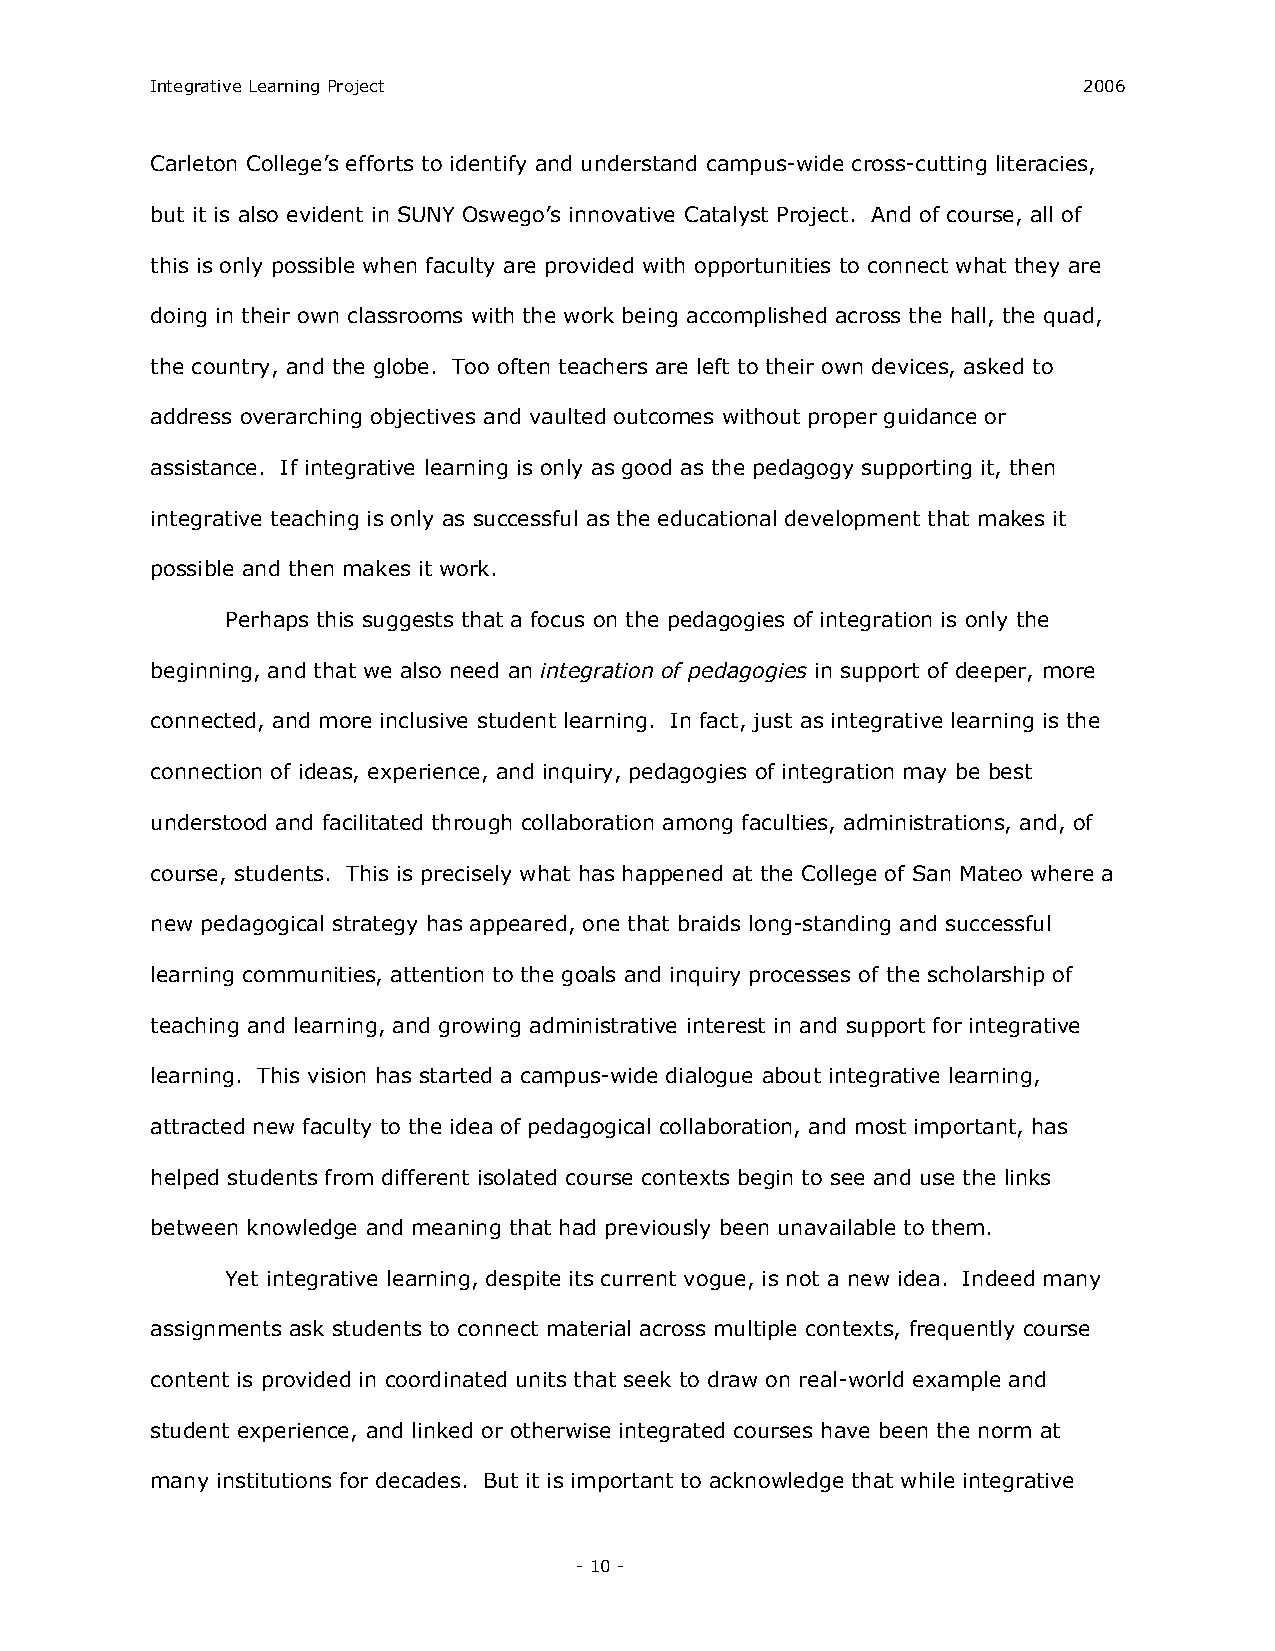
Integrative Learning Project                                  2006
 Carleton College’s efforts to identify and understand campus­wide cross­cutting literacies,
 but it is also evident in SUNY Oswego’s innovative Catalyst Project. And of course, all of
 this is only possible when faculty are provided with opportunities to connect what they are
 doing in their own classrooms with the work being accomplished across the hall, the quad,
 the country, and the globe. Too often teachers are left to their own devices, asked to
 address overarching objectives and vaulted outcomes without proper guidance or
 assistance. If integrative learning is only as good as the pedagogy supporting it, then
 integrative teaching is only as successful as the educational development that makes it
 possible and then makes it work.
 Perhaps this suggests that a focus on the pedagogies of integration is only the
 beginning, and that we also need an integration of pedagogies in support of deeper, more
 connected, and more inclusive student learning. In fact, just as integrative learning is the
 connection of ideas, experience, and inquiry, pedagogies of integration may be best
 understood and facilitated through collaboration among faculties, administrations, and, of
 course, students. This is precisely what has happened at the College of San Mateo where a
 new pedagogical strategy has appeared, one that braids long­standing and successful
 learning communities, attention to the goals and inquiry processes of the scholarship of
 teaching and learning, and growing administrative interest in and support for integrative
 learning. This vision has started a campus­wide dialogue about integrative learning,
 attracted new faculty to the idea of pedagogical collaboration, and most important, has
 helped students from different isolated course contexts begin to see and use the links
 between knowledge and meaning that had previously been unavailable to them.
 Yet integrative learning, despite its current vogue, is not a new idea. Indeed many
 assignments ask students to connect material across multiple contexts, frequently course
 content is provided in coordinated units that seek to draw on real­world example and
 student experience, and linked or otherwise integrated courses have been the norm at
 many institutions for decades. But it is important to acknowledge that while integrative
 ­ 10 ­